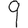
Digit: 9